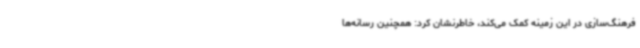
فرهنگ‌سازی در این زمینه کمک می‌کند، خاطرنشان کرد: همچنین رسانه‌ها